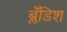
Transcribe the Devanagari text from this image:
ब्लँडिश